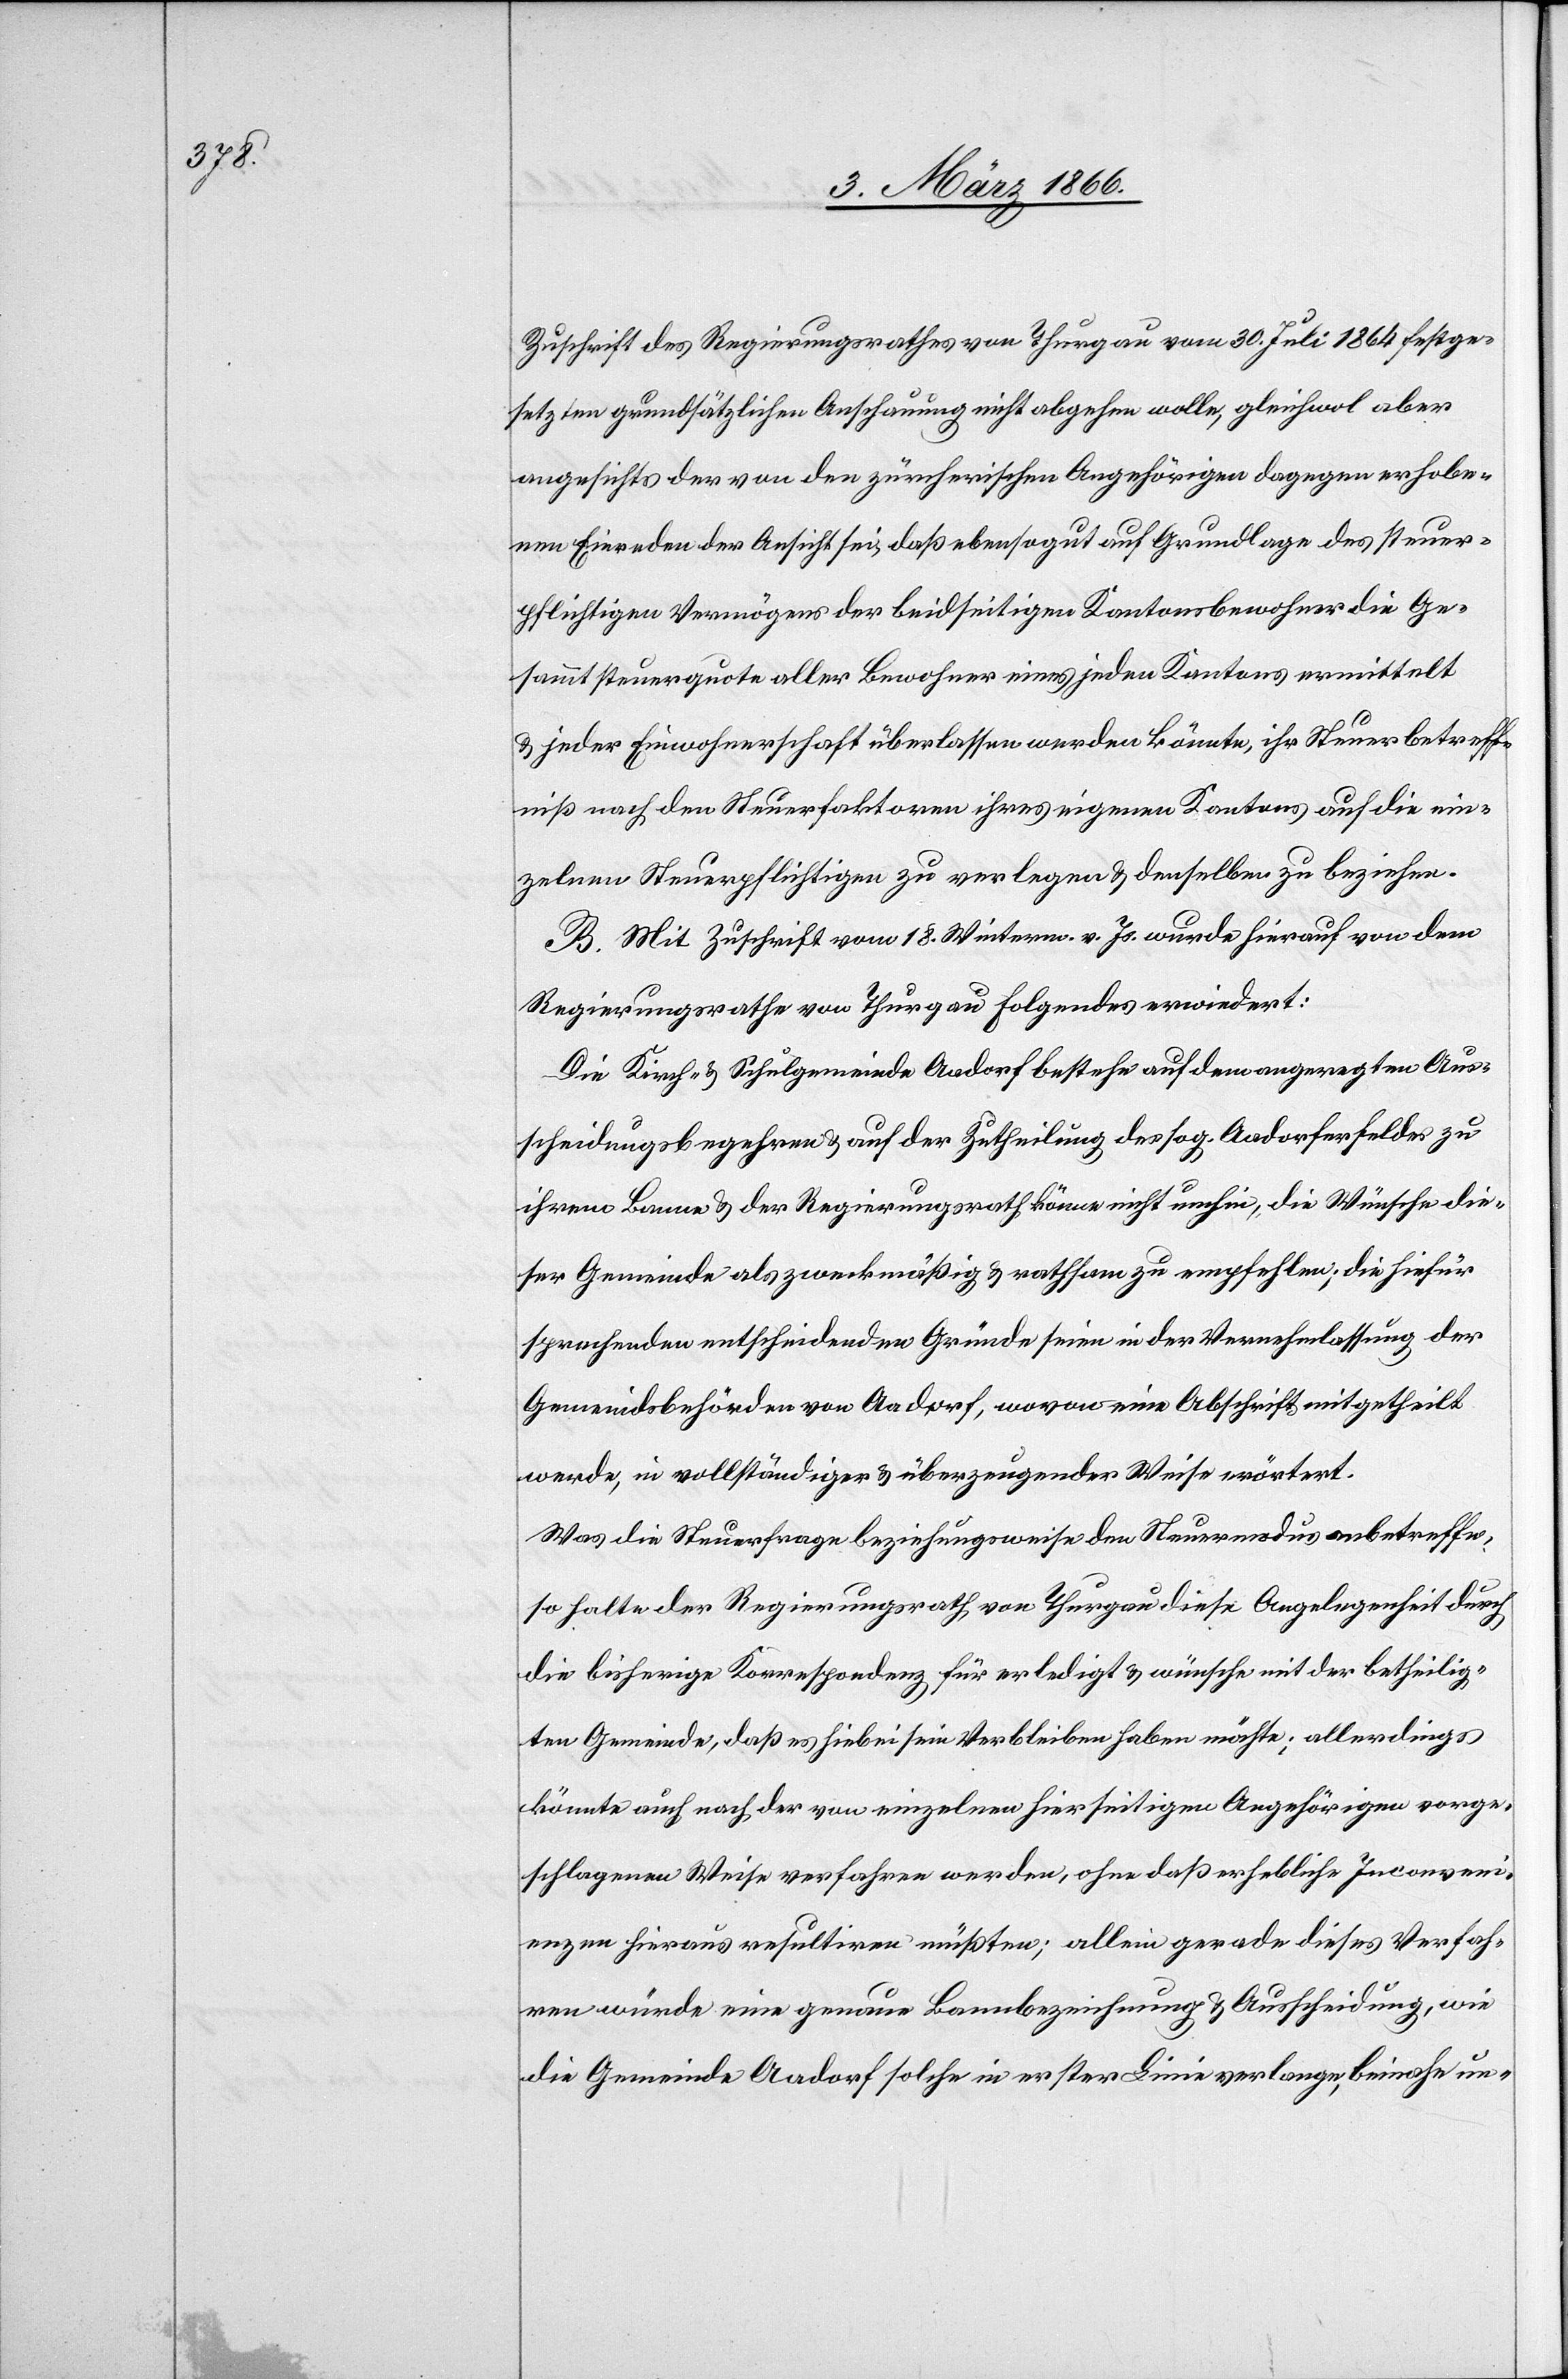
Zuschrift des Regierungsrathes von Thurgau vom 30. Juli 1864 festge¬
setzten grundsätzlichen Anschauung nicht abgehen wolle, gleichwohl aber
angesichts der von den zürcherischen Angehörigen dagegen erhobe¬
nen Einreden der Ansicht sei, daß ebensogut auf Grundlage des steuer¬
pflichtigen Vermögens der beidseitigen Kantonsbewohner die Ge¬
sammtsteuerquote aller Bewohner eines jeden Kantons ermittelt
u. jeder Einwohnerschaft überlassen werden könnte, ihr Steuerbetreff¬
niß nach den Steuerfaktoren ihres eigenen Kantons auf die ein¬
zelnen Steuerpflichtigen zu verlegen u. denselben zu beziehen.
B. Mit Zuschrift vom 18. Winterm. v. Js. wurde hierauf von dem
Regierungsrathe von Thurgau folgendes erwiedert:
Die Kirch- u. Schulgemeinde Aadorf bestehe auf dem angeregten Aus¬
scheidungsbegehren u. auf der Zutheilung des sog. Aadorferfeldes zu
ihrem Banne u. der Regierungsrath könne nicht umhin, die Wünsche die¬
ser Gemeinde als zweckmäßig u. rathsam zu empfehlen; die hiefür
sprechenden entscheidenden Gründe seien in der Vernehmlassung der
Gemeindsbehörden von Aadorf, wovon eine Abschrift mitgetheilt
werde, in vollständiger u. überzeugender Weise erörtert.
Was die Steuerfrage beziehungsweise den Steuermodus anbetreffe,
so halte der Regierungsrath von Thurgau diese Angelegenheit durch
die bisherige Korrespondenz für erledigt u. wünsche mit der betheilig¬
ten Gemeinde, daß es hiebei sein Verbleiben haben möchte; allerdings
könnte auch nach der von einzelnen hierseitigen Angehörigen vorge¬
schlagenen Weise verfahren werden, ohne daß erhebliche Inconveni¬
enzen hieraus resultiren müßten; allein gerade dieses Verfah¬
ren würde eine genaue Bannbezeichnung u. Ausscheidung, wie
die Gemeinde Aadorf solche in erster Linie verlange, beinahe un-